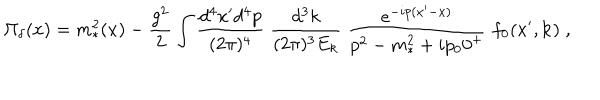
\Pi _ { \delta } ( x ) = m _ { * } ^ { 2 } ( x ) - { \frac { g ^ { 2 } } { 2 } } \int { \frac { d ^ { 4 } x ^ { \prime } d ^ { 4 } p } { ( 2 \pi ) ^ { 4 } } } \; { \frac { d ^ { 3 } k } { ( 2 \pi ) ^ { 3 } E _ { k } } } \; { \frac { e ^ { - i p ( x ^ { \prime } - x ) } } { p ^ { 2 } - m _ { * } ^ { 2 } + i p _ { 0 } 0 ^ { + } } } \; f _ { 0 } ( x ^ { \prime } , { \bf k } ) \; ,